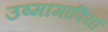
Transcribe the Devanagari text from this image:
उष्मामापियों